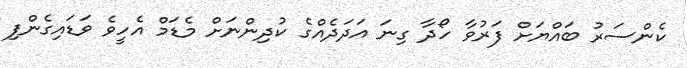
ކެންސަރު ބައްޔަށް ފަރުވާ ހޯދާ ގިނަ އަދަދެއްގެ ކުދިންނަށް މެޑަމް އެހީވެ ވަޑައިގެންފި